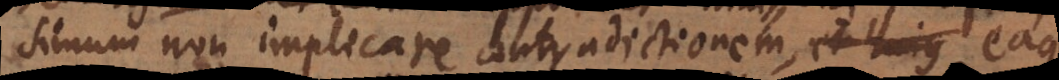
non implicare contradictionem, et hujus eaque